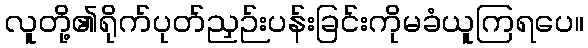
လူတို့၏ရိုက်ပုတ်ညှဉ်းပန်းခြင်းကိုမခံယူကြရပေ။